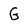
Character: G